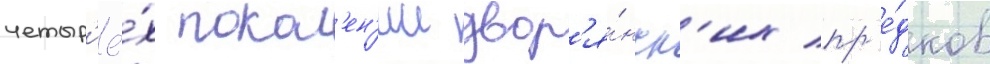
четыр'ё́х покол'ен'ии двор'я́нск'их пр'е́дков